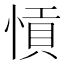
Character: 愩